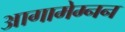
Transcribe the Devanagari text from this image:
आगामेम्नन